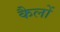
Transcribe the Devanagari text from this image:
कैलों